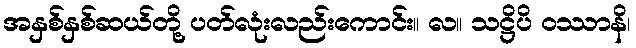
အနှစ်နှစ်ဆယ်တို့ ပတ်လုံးလည်းကောင်း။ လ။ သဋ္ဌိပိ ဝဿာနိ၊